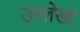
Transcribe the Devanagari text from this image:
उल्लेखा